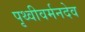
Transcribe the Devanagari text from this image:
पृथ्वीवर्मनदेव